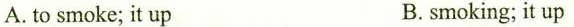
A. to smoke; it up B. smoking; it up